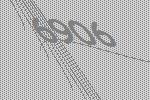
6906